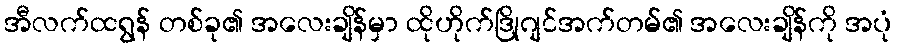
အီလက်ထရွန် တစ်ခု၏ အလေးချိန်မှာ ထိုဟိုက်ဒြိုဂျင်အက်တမ်၏ အလေးချိန်ကို အပုံ